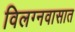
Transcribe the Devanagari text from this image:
विलग्नवासात